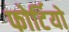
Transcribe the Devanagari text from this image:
फोर्टियो